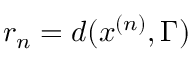
r _ { n } = d ( x ^ { ( n ) } , \Gamma )